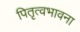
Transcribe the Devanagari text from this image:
पितृत्वभावना